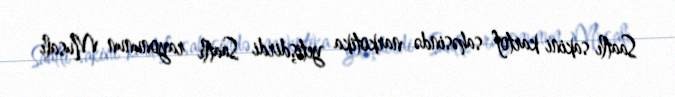
Saatlı sakini kartof sahəsində narkotika yetişdirdi Saatlı rayonunun Musalı